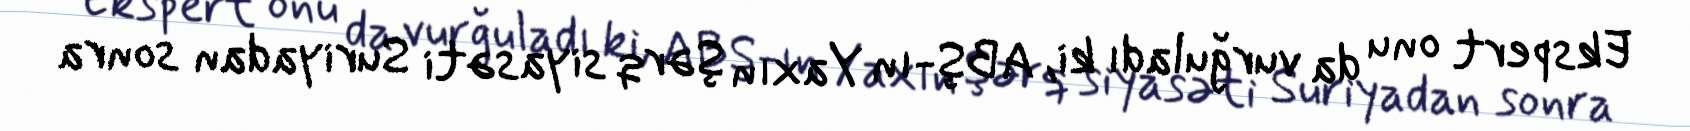
Ekspert onu da vurğuladı ki, ABŞ-ın Yaxın Şərq siyasəti Suriyadan sonra